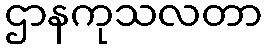
ဌာနကုသလတာ